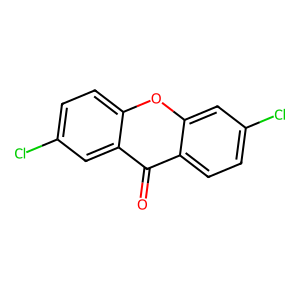
SMILES: O=c1c2ccc(Cl)cc2oc2ccc(Cl)cc12
Inhibits HIV replication: No